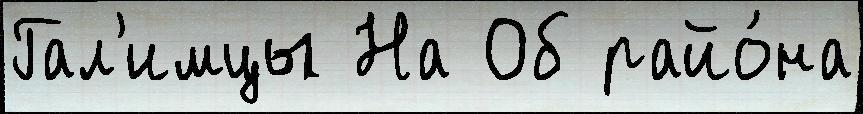
Гал'имцы На Об райо́на